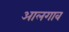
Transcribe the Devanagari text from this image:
आलगाव